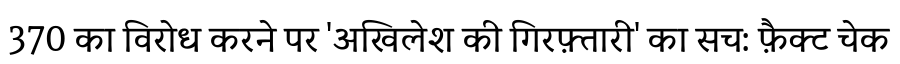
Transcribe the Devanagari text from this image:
370 का विरोध करने पर 'अखिलेश की गिरफ़्तारी' का सच: फ़ैक्ट चेक